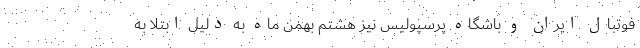
فوتبال ایران و باشگاه پرسپولیس نیز هشتم بهمن ماه به دلیل ابتلا به